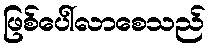
ဖြစ်ပေါ်လာစေသည်